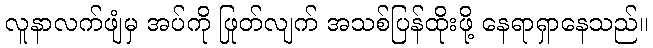
လူနာလက်ဖျံမှ အပ်ကို ဖြုတ်လျက် အသစ်ပြန်ထိုးဖို့ နေရာရှာနေသည်။